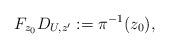
LaTeX: \begin{align*} F_{z_0} D_{U,z'}:= \pi^{-1}(z_0),\end{align*}